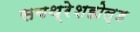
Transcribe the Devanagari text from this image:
सबथ्रेशहोल्ड